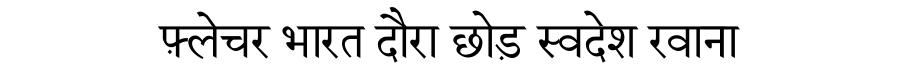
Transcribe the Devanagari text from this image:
फ़्लेचर भारत दौरा छोड़ स्वदेश रवाना